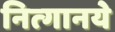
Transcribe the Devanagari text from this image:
नित्‍गानये